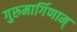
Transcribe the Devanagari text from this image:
गुरुमार्गिणाम्